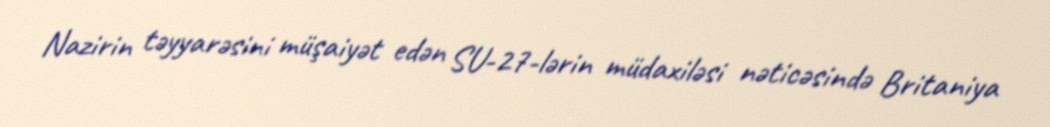
Nazirin təyyarəsini müşaiyət edən SU-27-lərin müdaxiləsi nəticəsində Britaniya